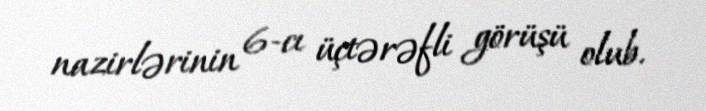
nazirlərinin 6-cı üçtərəfli görüşü olub.